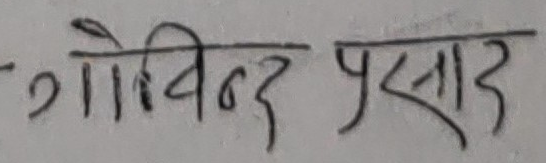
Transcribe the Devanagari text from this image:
गोविन्द प्रसाद